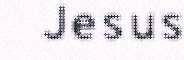
Jesus